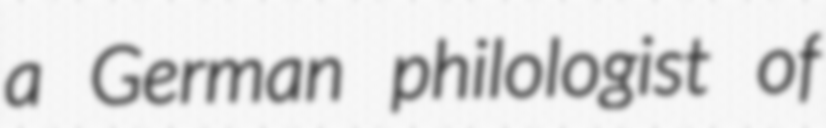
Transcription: a German philologist of